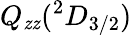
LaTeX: Q_{\mathit{z}\mathit{z}}({^2D}_{3/2})